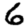
Digit: 6